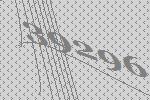
39296